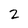
Character: 2